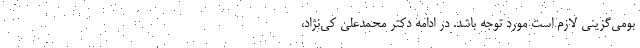
بومی‌گزینی لازم است مورد توجه باشد. در ادامه دکتر محمدعلی کی‌نژاد،